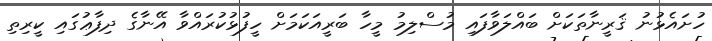
ހުށައެޅުނު ޤަރީނާތަކަށް ބައްލަވާފައި މުސްލިމު މީހާ ބަރީއަކަމަށް ހީފުޅުކުރައްވާ އޭނާގެ ދިފާޢުގައި ކީރިތި